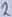
Text: 2